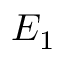
E _ { 1 }